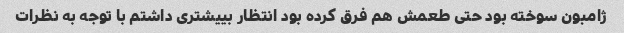
ژامبون سوخته بود حتی طعمش هم فرق کرده بود انتظار بییشتری داشتم با توجه به نظرات